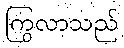
ကြွလာသည်